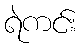
ရဲကင်း